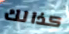
كذالك